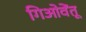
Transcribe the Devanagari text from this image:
गिओवेंतू